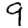
Digit: 9